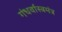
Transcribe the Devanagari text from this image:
गंधर्वास्त्रमंत्र